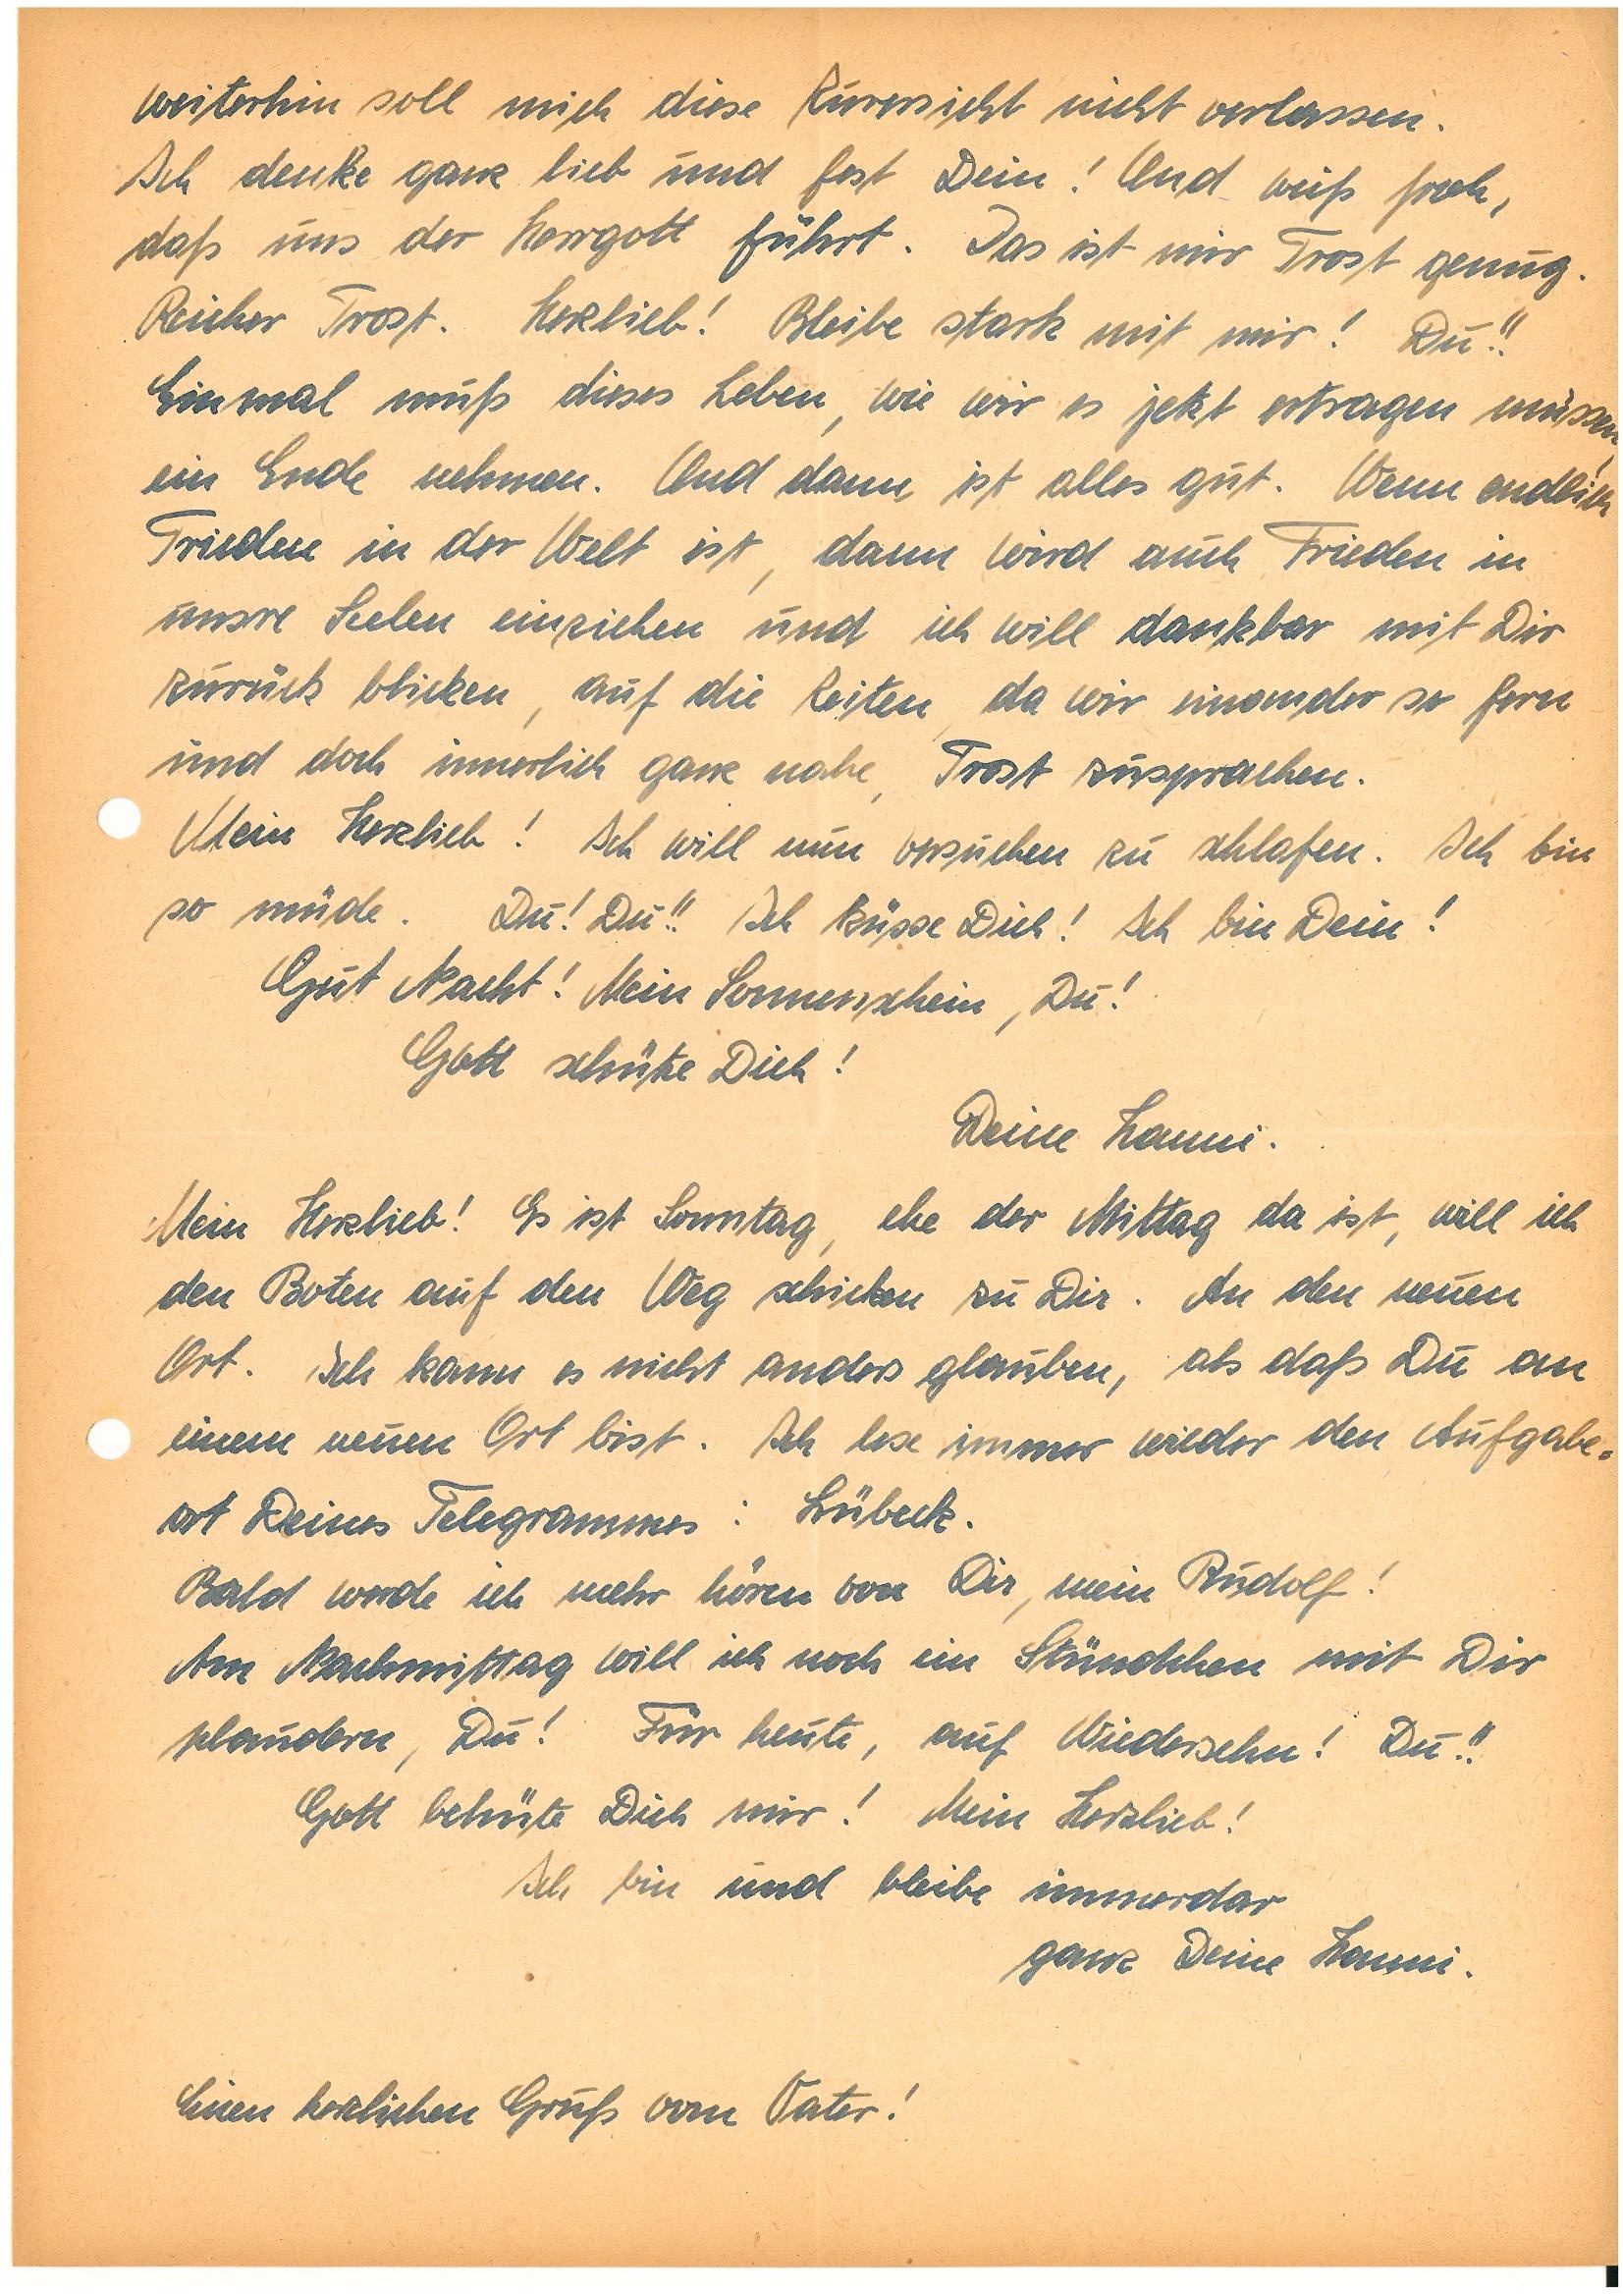
weiterhin soll mich diese Zuversicht nicht verlassen.
Ich denke ganz lieb und fest Dein! Und weiß froh,
daß uns der Herrgott führt. Das ist mir Trost genug.
Reicher Trost. Herzlieb! Bleibe stark mit mir! Du!!
Einmal muß dieses Leben, wie wir es jetzt ertragen müssen,
ein Ende nehmen. Und dann ist alles gut. Wenn endlich
Friede in der Welt ist, dann wird auch Frieden in
unsre Seelen einziehen und ich will dankbar mit Dir
zurück blicken, auf die Zeiten, da wir einander so fern
und doch innerlich ganz nahe, Trost zusprachen.
Mein Herzlieb! Ich will nun versuchen zu schlafen. Ich bin
so müde. Du! Du!! Ich küsse Dich! Ich bin Dein!
Gut Nacht! Mein Sonnenschein, Du!
Gott schütze Dich!
Deine.
Mein Herzlieb! Es ist Sonntag, ehe der Mittag da ist, will ich
den Boten auf den Weg schicken zu Dir. An den neuen
Ort. Ich kann es nicht anders glauben, als daß Du an
einem neuen Ort bist. Ich lese immer wieder den Aufgabeort
Deines Telegramms: Lübeck.
Bald werde ich mehr hören von Dir, mein!
Am Nachmittag will ich noch ein Stündchen mit Dir
plaudern, Du! Für heute, auf Wiedersehen! Du!!
Gott behüte Dich mir! Mein Herzlieb!
Ich bin und bleibe immerdar
ganz Deine.
Einen herzlichen Gruß von Vater!